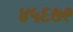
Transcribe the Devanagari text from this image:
४५६७९